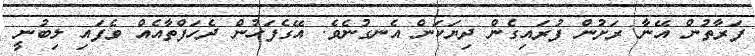
ފަރާތުން އޭނާ ރަށުން ފުރައިގެން ދިޔަކަން އެނގުނެވެ. އޭގެފަހުން ދެހަފްތާއެއް ވެފައި ލިބުނީ